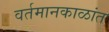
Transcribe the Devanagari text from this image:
वर्तमानकाळांत